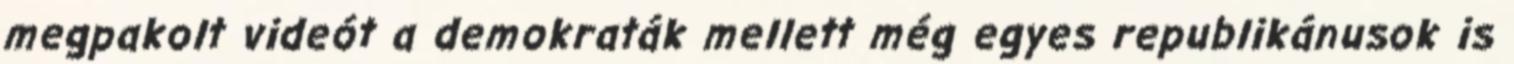
megpakolt videót a demokraták mellett még egyes republikánusok is